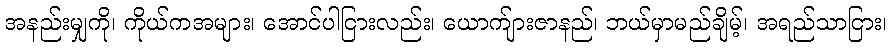
အနည်းမျှကို၊ ကိုယ်ကအများ၊ အောင်ပါငြားလည်း၊ ယောက်ျားဇာနည်၊ ဘယ်မှာမည်ချိမ့်၊ အရည်သာငြား၊